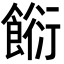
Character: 餰